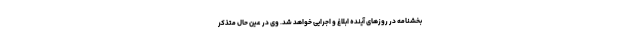
بخشنامه در روزهای آینده ابلاغ و اجرایی خواهد شد. وی در عین حال متذکر